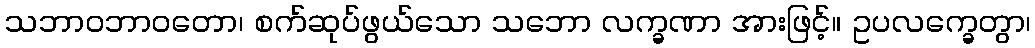
သဘာဝဘာဝတော၊ စက်ဆုပ်ဖွယ်သော သဘော လက္ခဏာ အားဖြင့်။ ဥပလက္ခေတွာ၊